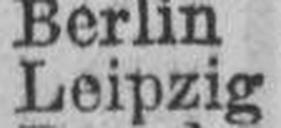
Leipzig